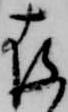
存